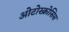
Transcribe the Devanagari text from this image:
ओटोस्क्रोसिस